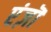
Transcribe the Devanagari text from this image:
एंज़ॊ